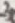
Text: 3